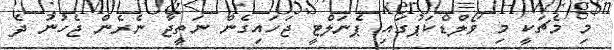
މި މެޗަކީ މި ވޯލްޑްކަޕުގައި ޕެނަލްޓީ ޖަހައިގެން ނަތީޖާ ނެރެން ޖެހުނު ދެ